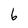
Character: 6